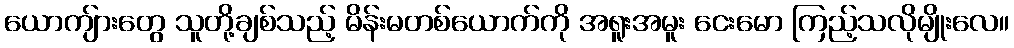
ယောကျ်ားတွေ သူတို့ချစ်သည့် မိန်းမတစ်ယောက်ကို အရူးအမူး ငေးမော ကြည့်သလိုမျိုးလေ။